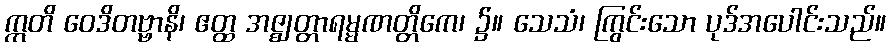
ဣတိ ဝေဒိတဗ္ဗာနိ၊ ဧတ္ထ အဇ္ဈတ္တာရမ္မဏတ္တိကေ၊ ၌။ သေသံ၊ ကြွင်းသော ပုဒ်အပေါင်းသည်။